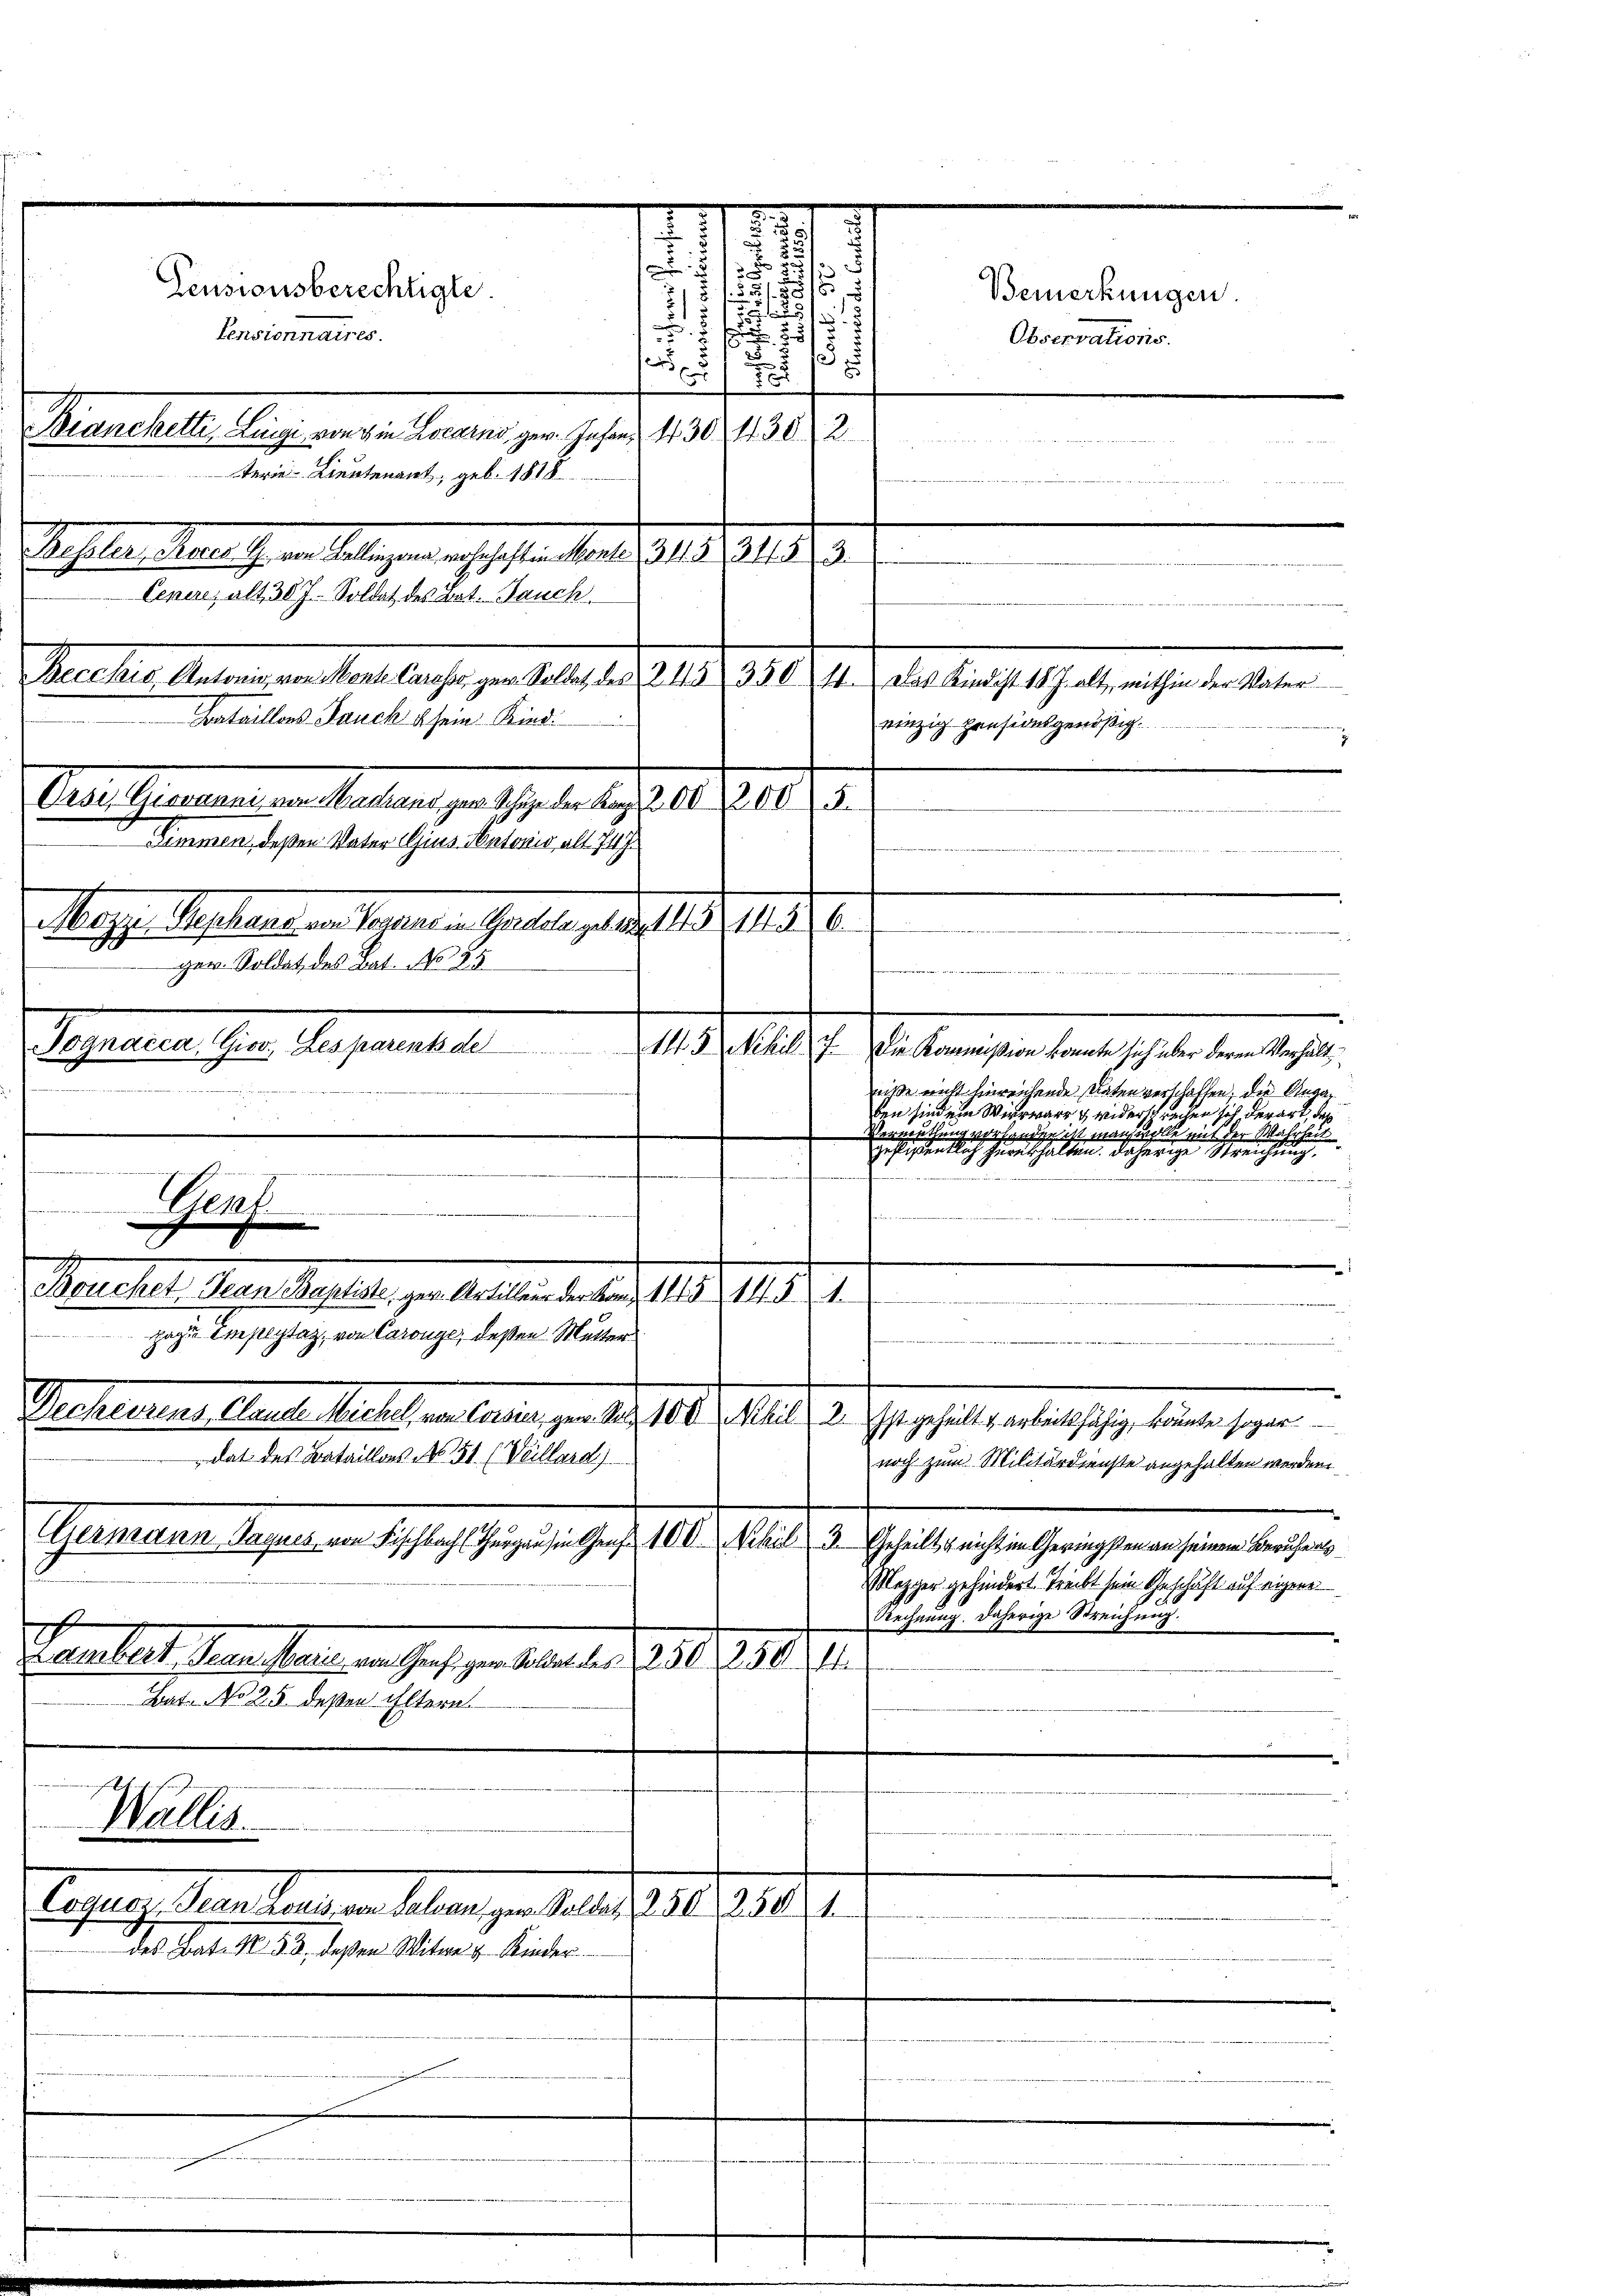
515
Pensionsberechtigte
215

f und
Pensionnaires.
25
.
u
1
fers p
1
7.
Biancketti, Lingi, von 8 in Locarno ger. Infan, 430 1302
w zu einen und u. und wenn in neun um er
terie Lieutenant, geb. 1818
Sechsler, das ihr in Belegen nachselten den 10. d. 241. 2. 3.
Cenere, als 30 J. Soldet des Bat. Bauch
Bataillers Jauch sein Kind
Celsinen gern Mallen zur Gegen des h. d. 218.
Zimmen, deßen Vater Gius Antonio alt. 74 J.
Mugg. Septeres an Marieren Garten, d. d. d. d. 14. d.
.
ger. Soldat des Bat. No 85
e
 den werden
Separates ihrer Superinterte
143 Nihil 7. Die Kommißion konnte sich über deren Verhält

niße nicht hinreichende Paten verschaffen, die Angaben sind ein Wirrwarr & widersprechen sich derart, daß
Vermuthung vorhanden ist man wolle mit der Wahrheit
gestossentlich heres halten, daherige Streichtung

Genf
s
d
.
Panchen Bern Baselbe der allen an der 1815. 18. 9.
5
gage Amslytaz, von Carouge, deßen Mutter
Decherrens Clande Michel, von Consia, gen. Satz. 100 Stil 2. Ist gehalte arbeitsfähig, könnte sogar
dat des Bataillons No 151 (Veillard)
noch zum Militärdienste angehalten werden
Ahrendene Sachen an des er heute er sehr aber aber die Gehalterathen habe seine eine bei eine
Mezger gehindert Treibt sein Geschäft auf eigene
Rechnung. Daherige Streichung.
Hamler Praesen in heftigen behalter 1835. 750. II.
Bat. No 25. deßen Eltern.

Hecker, Mein ein den dense er selbst 1891. 1. Jeder leicht habe nichte der leben ein

2

Wallis.
Ceplage ernsthause an Matern zu haber 1848. 288.
des Bat. N. 53 deßen Witwe & Kinder

¬

Bemerkungen.
Observations.

einzig pensionsgenößig.